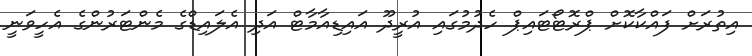
އިތުރަށް ފައްކާކޮށް ޕްރޮޓޯޓައިޕް ހެދުމުގައި އުރީދޫ އައިޑިއާމާޓް އަދި އެލައިޑްގެ މެންޓަރުންގެ އެހީވަނީ